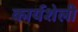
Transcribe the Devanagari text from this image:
कार्यशेली